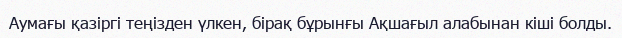
Аумағы қазіргі теңізден үлкен, бірақ бұрынғы Ақшағыл алабынан кіші болды.